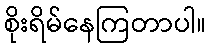
စိုးရိမ်နေကြတာပါ။